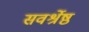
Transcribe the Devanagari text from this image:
सवर्श्रेष्ठ